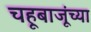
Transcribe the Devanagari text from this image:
चहूबाजूंच्या